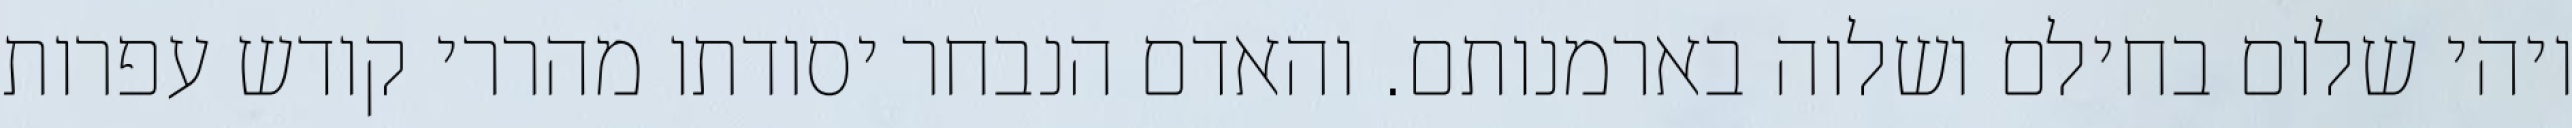
ויהי שלום בחילם ושלוה בארמנותם. והאדם הנבחר יסודתו מהררי קודש עפרות